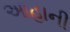
આહાની